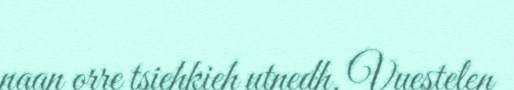
naan orre tsiehkieh utnedh. Vuestelen